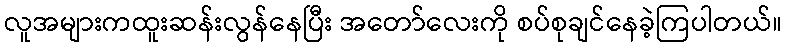
လူအများကထူးဆန်းလွန်နေပြီး အတော်လေးကို စပ်စုချင်နေခဲ့ကြပါတယ်။